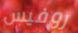
روفيس